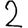
Digit: 2